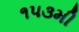
૧૫૩મી